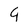
Character: 9